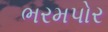
ભરમપોર